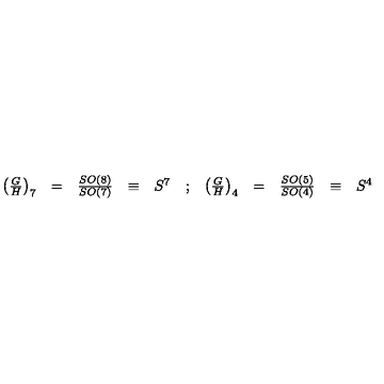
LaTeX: \begin{array} { r c c c l c r c c c l } { \left( \frac { G } { H } \right) _ { 7 } } & { = } & { \frac { S O ( 8 ) } { S O ( 7 ) } } & { \equiv } & { S ^ { 7 } } & { ; } & { \left( \frac { G } { H } \right) _ { 4 } } & { = } & { \frac { S O ( 5 ) } { S O ( 4 ) } } & { \equiv } & { S ^ { 4 } } \\ \end{array}